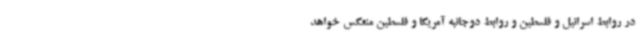
در روابط اسرائیل و فلسطین و روابط دوجانبه آمریکا و فلسطین منعکس خواهد